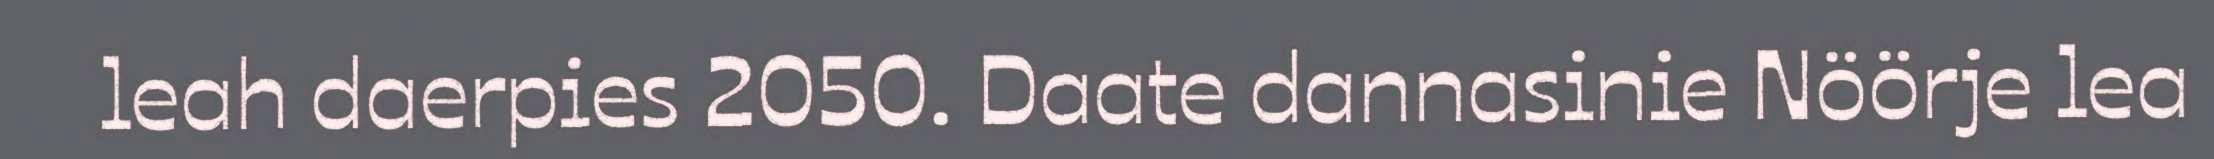
leah daerpies 2050. Daate dannasinie Nöörje lea